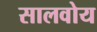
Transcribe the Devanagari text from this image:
सालवोय